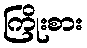
ကြိုးစား